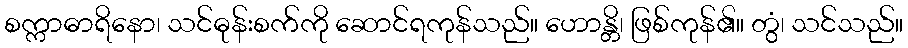
စက္ကာဓာရိနော၊ သင်ဓုန်းစက်ကို ဆောင်ရကုန်သည်။ ဟောန္တိ၊ ဖြစ်ကုန်၏။ တွံ၊ သင်သည်။